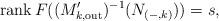
LaTeX: \begin{align*}\operatorname{rank}{F((M_{k,\mathrm{out}}')^{-1}(N_{(-,k)}))} = s,\end{align*}